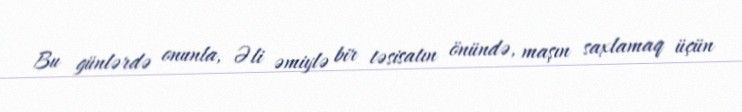
Bu günlərdə onunla, Əli əmiylə bir təsisatın önündə, maşın saxlamaq üçün